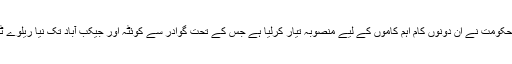
ریڈیو پاکستان کے مطابق حکومت نے ان دونوں کام اہم کاموں کے لیے منصوبہ تیار کرلیا ہے جس کے تحت گوادر سے کوئٹہ اور جیکب آباد تک نیا ریلوے ٹریک بھی بچھایا جائے گا۔